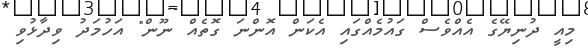
މިއީ ދުނިޔޭގެ އެއްވެސް ގައުމެއްގައި އެކަން އޮންނަ ގޮތެއް ނޫން" އަހުމަދު ވިދާޅުވި